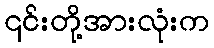
၎င်းတို့အားလုံးက